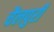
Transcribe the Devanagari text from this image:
चैलपुरी